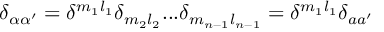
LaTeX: \delta _ { \alpha \alpha ^ { \prime } } = \delta ^ { m _ { 1 } l _ { 1 } } \delta _ { m _ { 2 } l _ { 2 } } . . . \delta _ { m _ { n - 1 } l _ { n - 1 } } = \delta ^ { m _ { 1 } l _ { 1 } } \delta _ { a a ^ { \prime } }